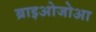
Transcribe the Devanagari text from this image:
ब्राइओजोआ